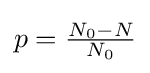
p={\tfrac {N_{0}-N}{N_{0}}}